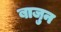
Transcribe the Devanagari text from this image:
बाजुन